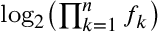
\scriptstyle \log _ { 2 } \left( \prod _ { k = 1 } ^ { n } f _ { k } \right)